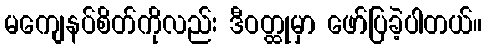
မကျေနပ်စိတ်ကိုလည်း ဒီဝတ္ထုမှာ ဖော်ပြခဲ့ပါတယ်။